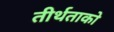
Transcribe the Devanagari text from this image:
तीर्थताको